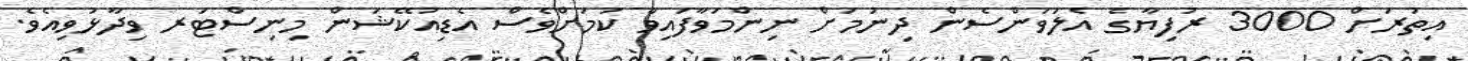
އިތުރަށް 3000 ރުފިޔާގެ އެލަވަންސެން ދިނުމަށް ނިންމަވާފައިވާ ކަމަށްވެސް އެޑިއުކޭޝަން މިނިސްޓަރ ވިދާޅުވިއެވެ.